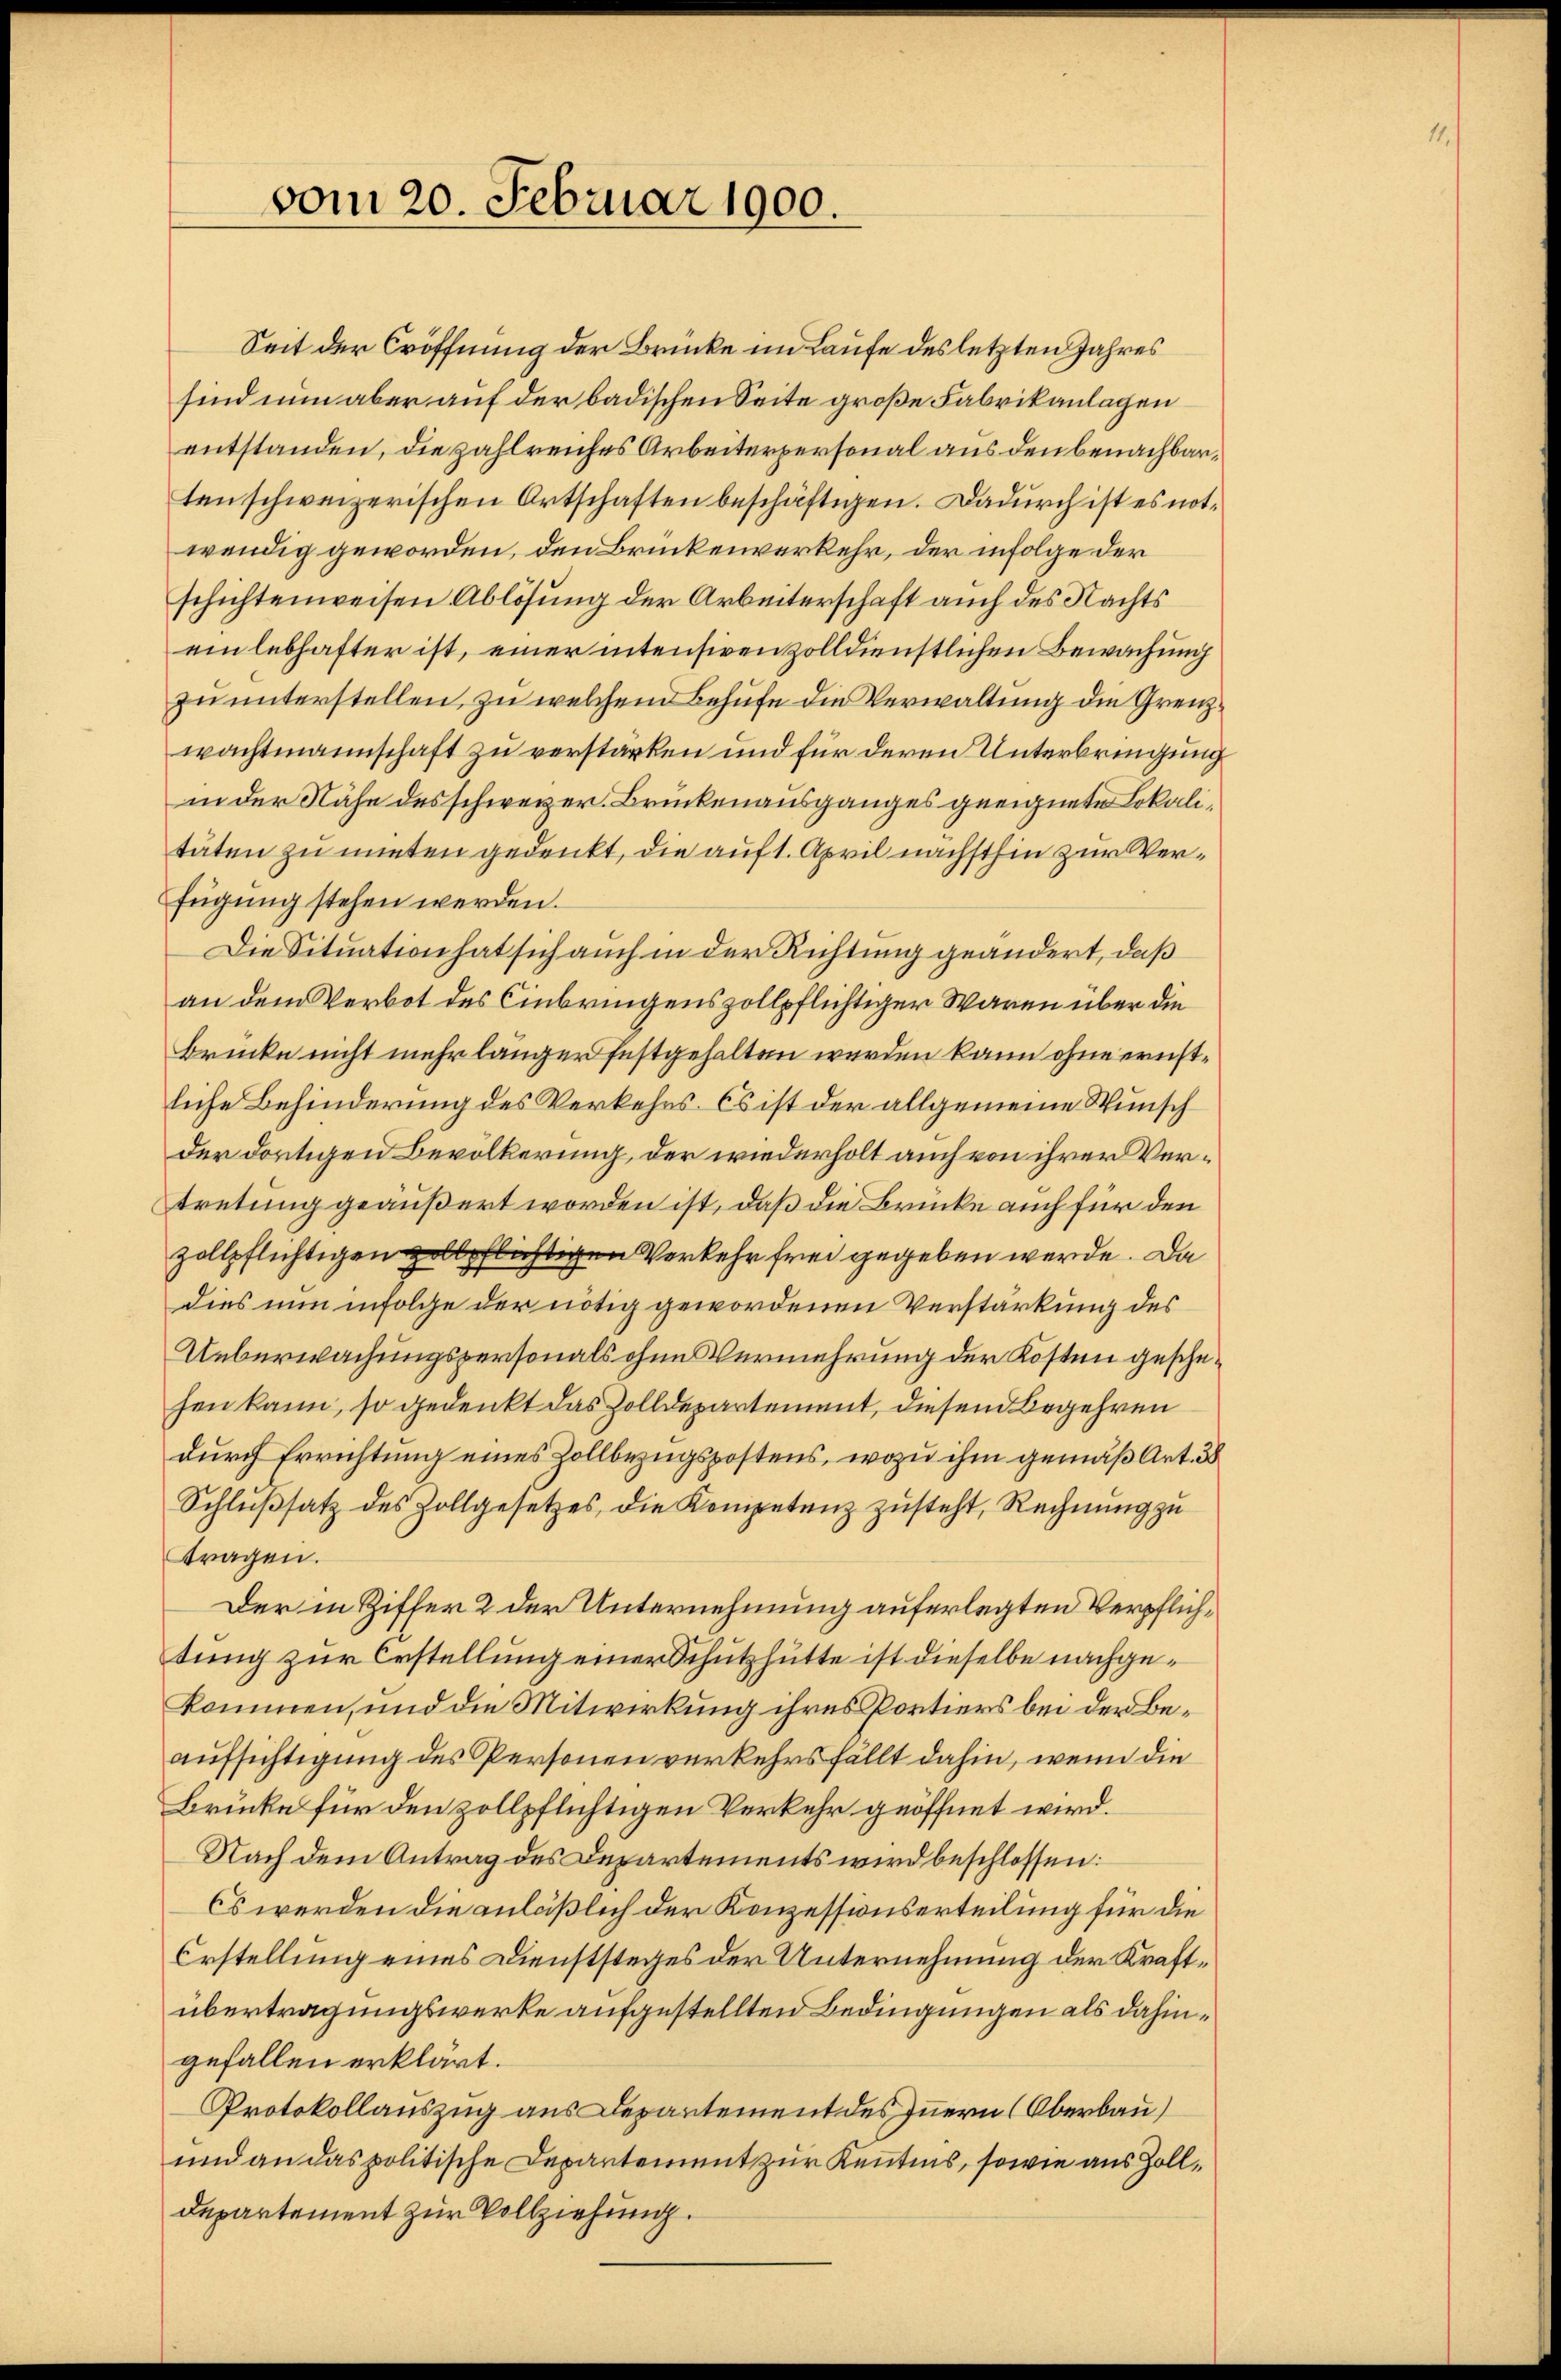
vom 20. Februar 1900.

Seit der Eröffnung der Brücke im Laufe des letzten Jahres
sind nun aber auf der badischen Seite große Fabrikanlagen
entstanden, die zahlreiches Arbeiterpersonal aus den benachbarten schweizerischen Ortschaften beschäftigen. Dadurch ist es notwendig geworden, den Brückenverkehr, der infolge der
schichtenweisen Ablösung der Arbeiterschaft auch des Nachts
einlebhafter ist, einer intensiven zolldienstlichen Bewachung
zu unterstellen, zu welchen Behufe die Verwaltung die Grenzwachtmannschaft zu verstärken und für deren Unterbringung
in der Nähe des schweizer. Brückenausganges geeignete Lokalitäten zu unten gedenkt, die auf 1. April nächsthin zur Verfügung stehen werden.
Die Situation hat sich auch in der Richtung geändert, daß
an dem Verbot des Einbringenszollpflichtiger Waren über die
Brücke nicht mehr länger festgehalten werden kann ohne ernstliche Behinderung des Verkehrs. Es ist der allgemeine Wunsch
der dortigen Bevölkerung, der wiederholt auch von ihrer Vertretung geäußert worden ist, daß die Brücke auch für den
zollpflichtigen zollpflichtigen Verkehr frei gegeben werde. Da
dies nun infolge der nötig gewordenen Verstärkung des
Ueberwachungspersonals ohne Vermehrung der Kosten geschehen kann, so gedenkt das Zolldepartement, diesem Begehren
durch Errichtung eines Zollbezugspostens, wozu ihm gemäß Art. 38
Schlŭβsatz des Zollgesetzes, die Kompetenz zŭsteht, Rechnŭng zu
tragen.
Der in Ziffer 2 der Unternehmung auferlegten Verpflichtung zur Erstellung einer Schutzhütte ist dieselbe nachgekommen, und die Mitwirkung ihres Portiers bei der Beaufsichtigung des Personen verkehrsfällt dahin, wenn die
Brücke für den zollpflichtigen Verkehr geöffnet wird.
Nach dem Antrag des Departements wird beschlossen:
Cs werden die anläßlich der Konzessionserteilung für die
Erstellung eines Dienststeges der Unternehmung der Kraftübertragungswerke aufgestellten Bedingungen als dahingefallen erklärt.
Protokollauszug aus Departement des Innern (Oberbau)
und an das politische Departement zur Kenntnis, sowie aus Zoll¬
Departement zur Vollziehung.